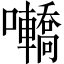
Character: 𡅫